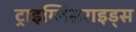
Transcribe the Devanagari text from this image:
ट्राइग्लिसराइड्स